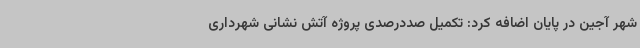
شهر آجین در پایان اضافه کرد: تکمیل صددرصدی پروژه آتش نشانی شهرداری